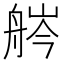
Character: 𦨽